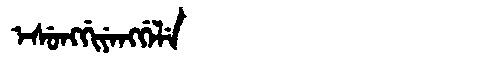
Manchu: ᡝᠰᡠᠩᡤᡳᠶᡝᠩᡤᡝᠯᡝ
Romanization: ESUNGGIYENGGELE